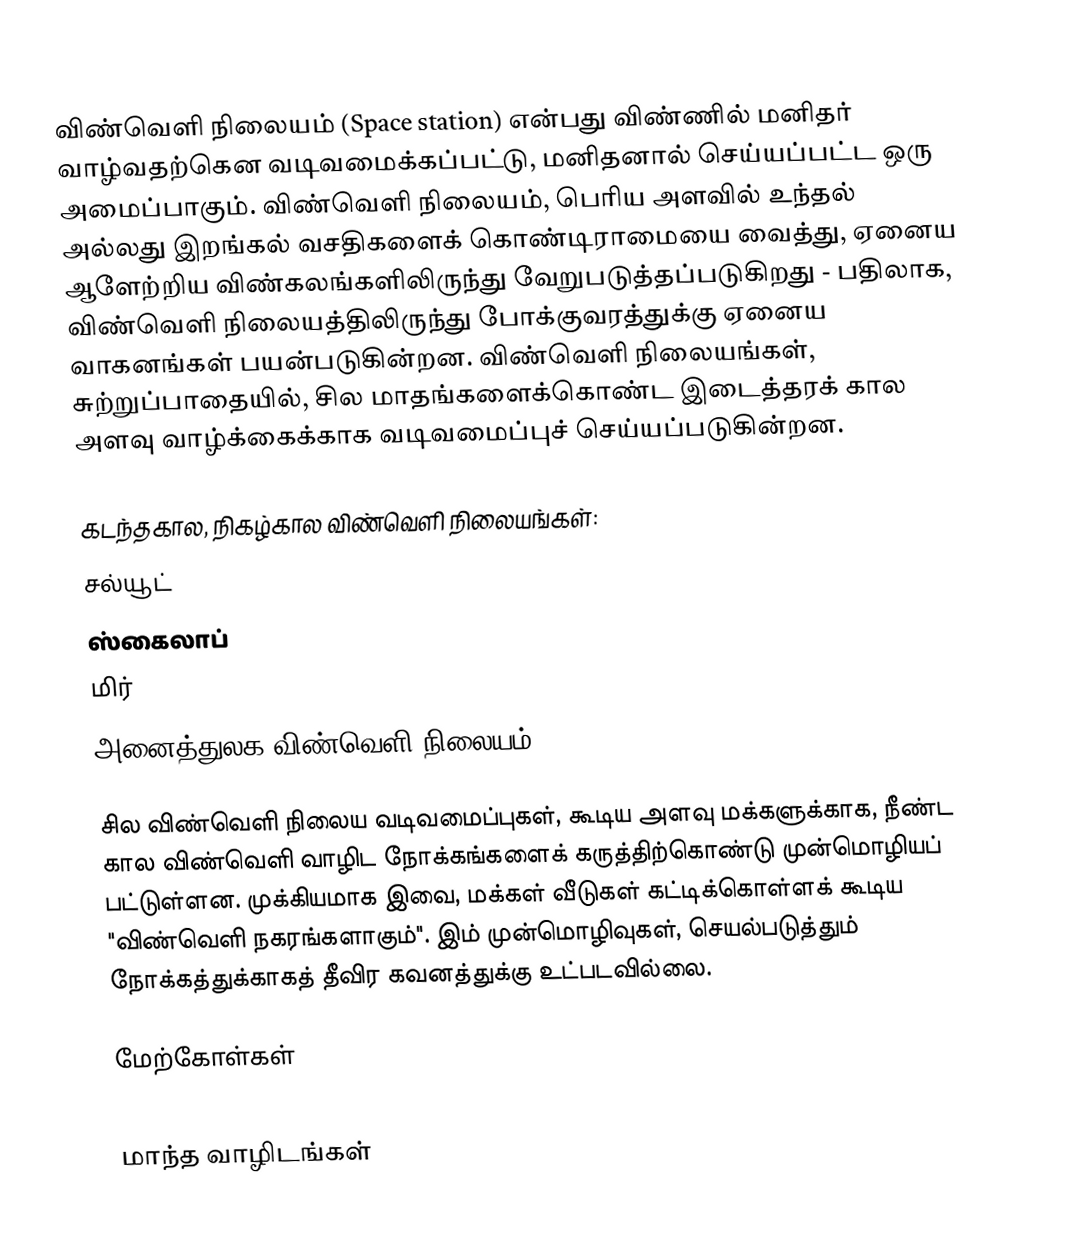
விண்வெளி நிலையம் (Space station) என்பது விண்ணில் மனிதர் வாழ்வதற்கென வடிவமைக்கப்பட்டு, மனிதனால் செய்யப்பட்ட ஒரு அமைப்பாகும். விண்வெளி நிலையம், பெரிய அளவில் உந்தல் அல்லது இறங்கல் வசதிகளைக் கொண்டிராமையை வைத்து, ஏனைய ஆளேற்றிய விண்கலங்களிலிருந்து வேறுபடுத்தப்படுகிறது - பதிலாக, விண்வெளி நிலையத்திலிருந்து போக்குவரத்துக்கு ஏனைய வாகனங்கள் பயன்படுகின்றன. விண்வெளி நிலையங்கள், சுற்றுப்பாதையில், சில மாதங்களைக்கொண்ட இடைத்தரக் கால அளவு வாழ்க்கைக்காக வடிவமைப்புச் செய்யப்படுகின்றன.

கடந்தகால, நிகழ்கால விண்வெளி நிலையங்கள்:
சல்யூட்
ஸ்கைலாப்
மிர்
அனைத்துலக விண்வெளி நிலையம் (ISS)

சில விண்வெளி நிலைய வடிவமைப்புகள், கூடிய அளவு மக்களுக்காக, நீண்ட கால விண்வெளி வாழிட நோக்கங்களைக் கருத்திற்கொண்டு முன்மொழியப் பட்டுள்ளன. முக்கியமாக இவை, மக்கள் வீடுகள் கட்டிக்கொள்ளக் கூடிய "விண்வெளி நகரங்களாகும்". இம் முன்மொழிவுகள், செயல்படுத்தும் நோக்கத்துக்காகத் தீவிர கவனத்துக்கு உட்படவில்லை.

மேற்கோள்கள்

மாந்த வாழிடங்கள்